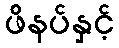
ဖိနပ်နှင့်